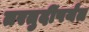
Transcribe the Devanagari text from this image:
तरतुदींपर्यंत